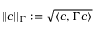
| | \boldsymbol { c } | | _ { \Gamma } : = \sqrt { \left< \boldsymbol { c } , \Gamma \boldsymbol { c } \right> }